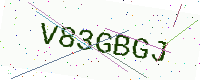
Text: V83GBGJ